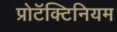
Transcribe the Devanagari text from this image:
प्रोटॅक्टिनियम